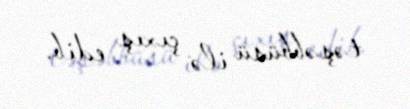
təşəbbüsü ilə çıxış edib.